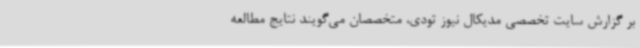
بر گزارش سایت تخصصی مدیکال نیوز تودی، متخصصان می‌گویند نتایج مطالعه